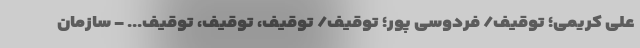
علی کریمی؛ توقیف/ فردوسی پور؛ توقیف/ توقیف، توقیف، توقیف... - سازمان